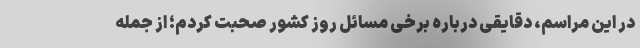
در این مراسم، دقایقی درباره برخی مسائل روز کشور صحبت کردم؛ از جمله